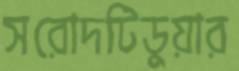
সরোদটিডুয়ার